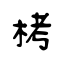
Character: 栲